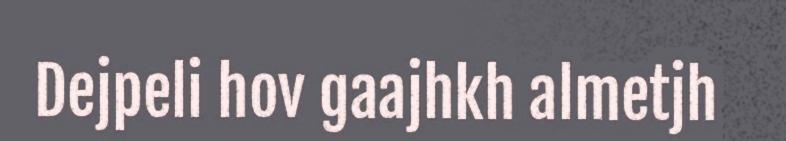
Dejpeli hov gaajhkh almetjh